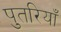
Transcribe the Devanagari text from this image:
पुतरियाँ